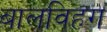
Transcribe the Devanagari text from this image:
बालविहग